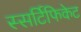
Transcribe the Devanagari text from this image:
स्सर्टिफिकेट